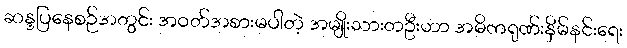
ဆန္ဒပြနေစဉ်အတွင်း အဝတ်အစားမပါတဲ့ အမျိုးသားတဦးဟာ အဓိကရုဏ်းနှိမ်နင်းရေး